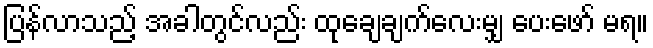
ပြန်လာသည့် အခါတွင်လည်း ထုချေချက်လေးမျှ ပေးဖော် မရ။